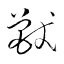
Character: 獣